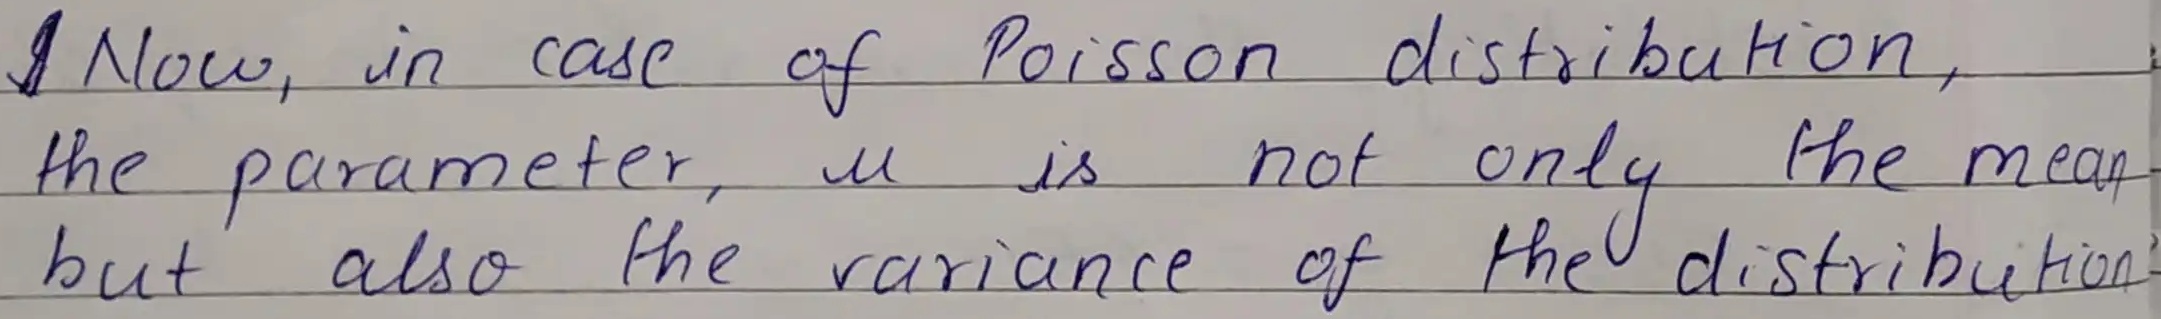
Now, in case of Poisson distribution, the parameter, $\mu$ is not only the mean but also the variance of the distribution.